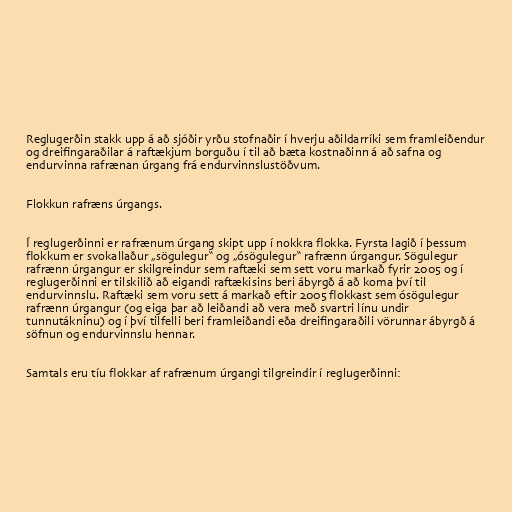
Reglugerðin stakk upp á að sjóðir yrðu stofnaðir í hverju aðildarríki sem framleiðendur
og dreifingaraðilar á raftækjum borguðu í til að bæta kostnaðinn á að safna og
endurvinna rafrænan úrgang frá endurvinnslustöðvum.

Flokkun rafræns úrgangs.

Í reglugerðinni er rafrænum úrgang skipt upp í nokkra flokka. Fyrsta lagið í þessum
flokkum er svokallaður „sögulegur“ og „ósögulegur“ rafrænn úrgangur. Sögulegur
rafrænn úrgangur er skilgreindur sem raftæki sem sett voru markað fyrir 2005 og í
reglugerðinni er tilskilið að eigandi raftækisins beri ábyrgð á að koma því til
endurvinnslu. Raftæki sem voru sett á markað eftir 2005 flokkast sem ósögulegur
rafrænn úrgangur (og eiga þar að leiðandi að vera með svartri línu undir
tunnutákninu) og í því tilfelli beri framleiðandi eða dreifingaraðili vörunnar ábyrgð á
söfnun og endurvinnslu hennar.

Samtals eru tíu flokkar af rafrænum úrgangi tilgreindir í reglugerðinni: